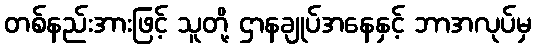
တစ်နည်းအားဖြင့် သူတို့ ဌာနချုပ်အနေနှင့် ဘာအလုပ်မှ